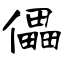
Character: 儡